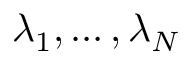
\lambda _ { 1 } , \ldots , \lambda _ { N }